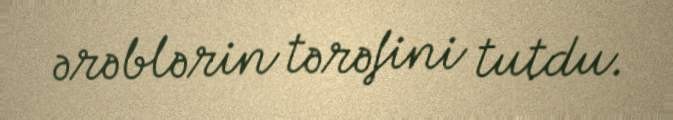
ərəblərin tərəfini tutdu.